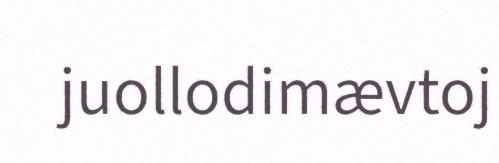
juollodimævtoj